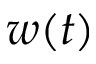
w ( t )